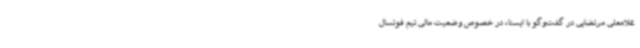
غلامعلی مرتضایی در گفت‌وگو با ایسنا، در خصوص وضعیت مالی تیم فوتسال